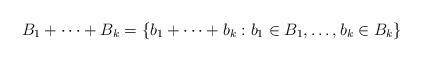
LaTeX: \begin{align*}B_1 + \cdots + B_k = \{ b_1 + \cdots + b_k : b_1 \in B_1,\dots,b_k \in B_k \}\end{align*}